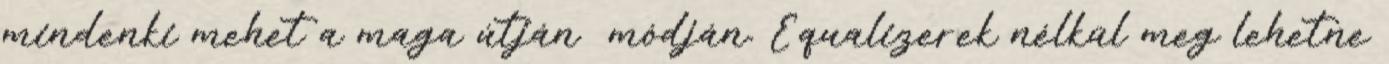
mindenki mehet a maga útján módján. Equalizerek nélkül meg lehetne